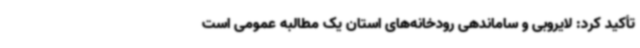
تأکید کرد: لایروبی و ساماندهی رودخانه‌های استان یک مطالبه عمومی است